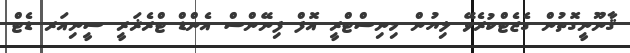
ޤާނޫނީގޮތުން ގެޒެޓްކުރެވޭ ލިޔުން މިނިސްޓްރީ އޮފް ފިނޭންސް އެންޑް ޓްރެޜަރީ ސީނިއަރ ޑެޓް